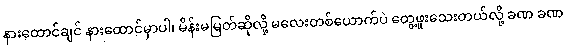
နားထောင်ချင် နားထောင်မှာပါ၊ မိန်းမမြတ်ဆိုလို့ မလေးတစ်ယောက်ပဲ တွေ့ဖူးသေးတယ်လို့ ခဏ ခဏ